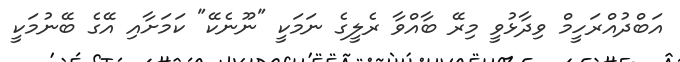
އަބްދުއްރަހީމް ވިދާޅުވީ މިރޭ ބާއްވާ ރެލީގެ ނަމަކީ "ނޫނެކޭ" ކަމަށާއި އޭގެ ބޭނުމަކީ